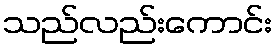
သည်လည်းကောင်း